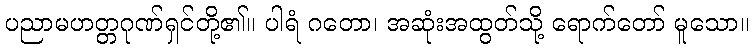
ပညာမဟတ္တဂုဏ်ရှင်တို့၏။ ပါရံ ဂတော၊ အဆုံးအထွတ်သို့ ရောက်တော် မူသော။